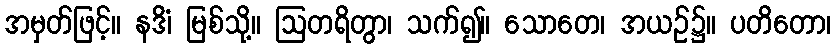
အမှတ်ဖြင့်။ နဒိံ၊ မြစ်သို့။ ဩတရိတွာ၊ သက်၍။ သောတေ၊ အယဉ်၌။ ပတိတော၊